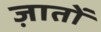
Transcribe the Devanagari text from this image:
ज़ातों